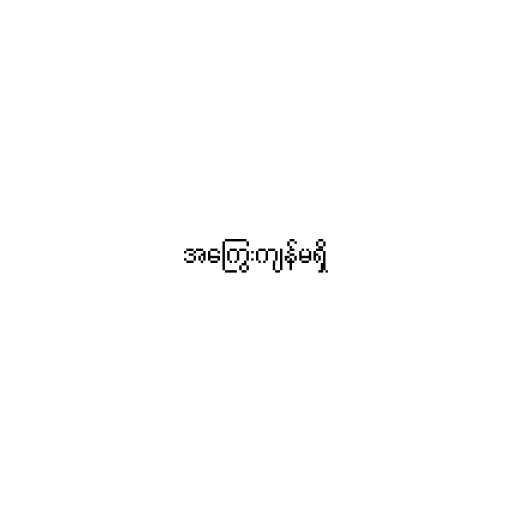
အကြွေးကျန်မရှိ